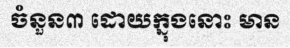
ចំនួន៣ ដោយក្នុងនោះ មាន